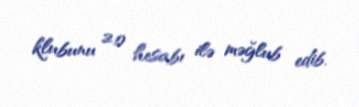
klubunu 2:0 hesabı ilə məğlub edib.